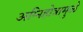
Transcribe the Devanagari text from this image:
अग्निहोत्रामुळे